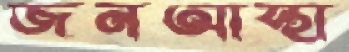
জনআস্থা